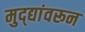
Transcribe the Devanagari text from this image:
मुद्द्यांवरून